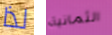
لذا الثمانية